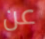
عن